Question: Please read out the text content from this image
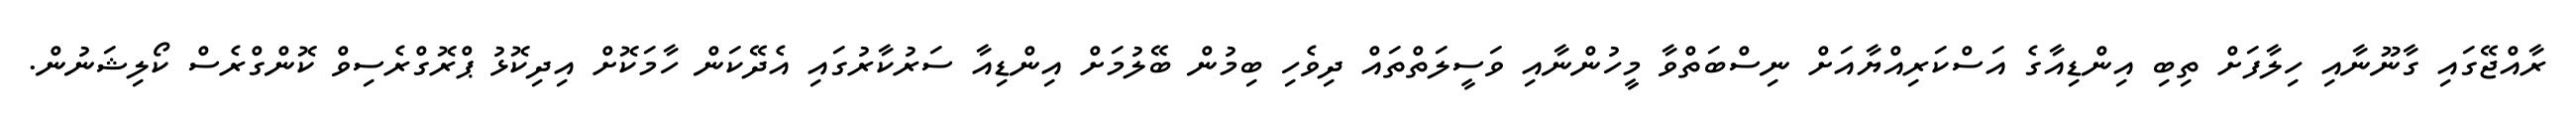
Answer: ރާއްޖޭގައި ގާނޫނާއި ހިލާފަށް ތިބި އިންޑިއާގެ އަސްކަރިއްޔާއަށް ނިސްބަތްވާ މީހުންނާއި ވަސީލަތްތައް ދިވެހި ބިމުން ބޭލުމަށް އިންޑިއާ ސަރުކާރުގައި އެދޭކަން ހާމަކޮށް އިދިކޮޅު ޕްރޮގްރެސިވް ކޮންގްރެސް ކޯލިޝަނުން.